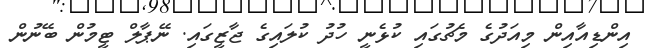
އިންޑިއާއިން މިއަދުގެ މެޗުގައި ކުޅެނީ ހުދު ކުލައިގެ ޖާޒީގައި. ނޭޕާލް ޓީމުން ބޭނުން